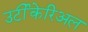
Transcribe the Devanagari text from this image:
उर्टीकेरिअल